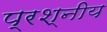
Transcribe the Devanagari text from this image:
प्रश्नीय